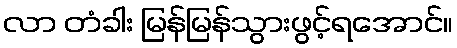
လာ တံခါး မြန်မြန်သွားဖွင့်ရအောင်။